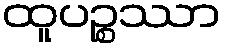
ထူပဉ္စဿာ